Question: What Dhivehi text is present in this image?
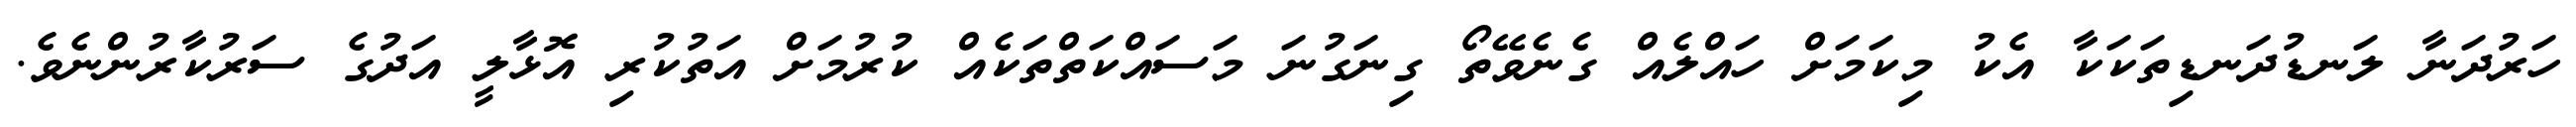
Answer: ހަރުދަނާ ލަނޑުދަނޑިތަކަކާ އެކު މިކަމަށް ހައްލެއް ގެނެވޭތޯ ގިނަގުނަ މަސައްކަތްތަކެއް ކުރުމަށް އަތުކުރި އޮޅާލީ އަދުގެ ސަރުކާރުންނެވެ.